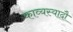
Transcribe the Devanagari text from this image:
काव्यस्यादौ